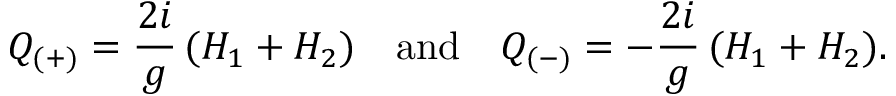
Q _ { ( + ) } = { \frac { 2 i } { g } } \, ( H _ { 1 } + H _ { 2 } ) \quad \mathrm { a n d } \quad Q _ { ( - ) } = - { \frac { 2 i } { g } } \, ( H _ { 1 } + H _ { 2 } ) .